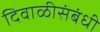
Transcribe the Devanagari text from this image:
दिवाळीसंबंधी